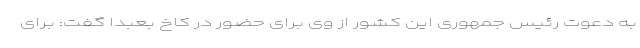
به دعوت رئیس جمهوری این کشور از وی برای حضور در کاخ بعبدا گفت: برای